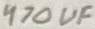
Text: 470uF